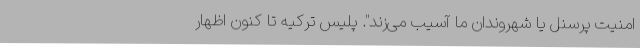
امنیت پرسنل یا شهروندان ما آسیب می‌زند". پلیس ترکیه تا کنون اظهار